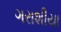
ગરાશીયા